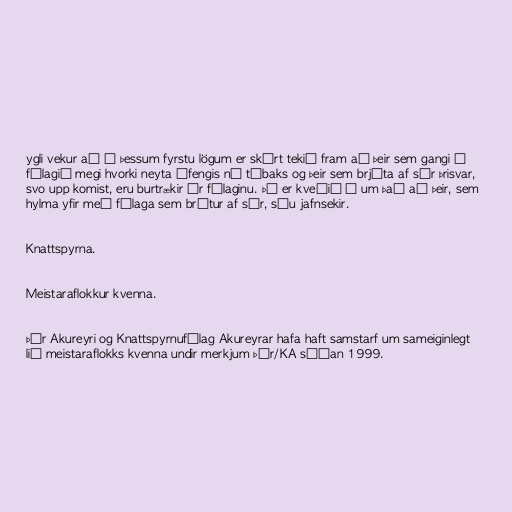
ygli vekur að í þessum fyrstu lögum er skýrt tekið fram að þeir sem gangi í
félagið megi hvorki neyta áfengis né tóbaks og þeir sem brjóta af sér þrisvar,
svo upp komist, eru burtrækir úr félaginu. Þá er kveðið á um það að þeir, sem
hylma yfir með félaga sem brýtur af sér, séu jafnsekir.

Knattspyrna.

Meistaraflokkur kvenna.

Þór Akureyri og Knattspyrnufélag Akureyrar hafa haft samstarf um sameiginlegt
lið meistaraflokks kvenna undir merkjum Þór/KA síðan 1999.